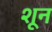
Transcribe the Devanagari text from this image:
शून